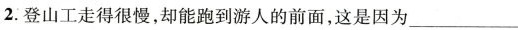
2.登山工走得很慢，却能跑到游人的前面，这是因为__。